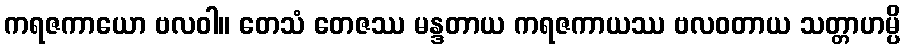
ကရဇကာယော ဗလဝါ။ တေသံ တေဇဿ မန္ဒတာယ ကရဇကာယဿ ဗလဝတာယ သတ္တာဟမ္ပိ